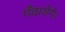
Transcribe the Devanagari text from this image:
गँवायेंगे।